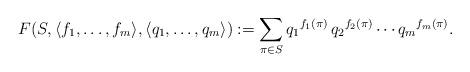
LaTeX: \begin{align*} F(S, \langle f_1, \dotsc, f_m \rangle, \langle q_1, \dotsc, q_m \rangle) := \sum_{\pi\in S} {q_1}^{f_1(\pi)}\,{q_2}^{f_2(\pi)}\dotsm {q_m}^{f_m(\pi)}. \end{align*}